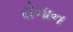
રોનાન